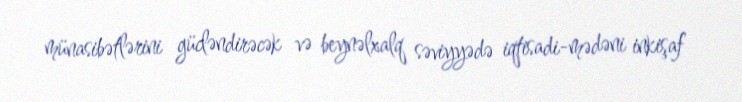
münasibətlərini gücləndirəcək və beynəlxalq səviyyədə iqtisadi-mədəni inkişaf